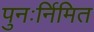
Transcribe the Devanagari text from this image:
पुनःर्निमित